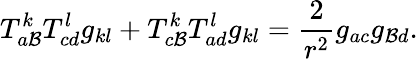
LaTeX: T_{a\mathcal{B}}^{k}T_{cd}^{l}g_{kl}+T_{c\mathcal{B}}^{k}T_{ad}^{l}g_{kl}=\frac{2}{{r^{2}}}g_{ac}g_{\mathcal{B}d}.